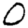
Digit: 0